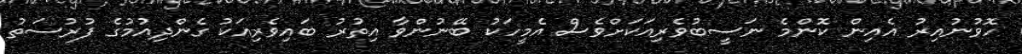
ހޮވުނުއިރު އެއިން ކޮންމެ ނަސީބުވެރިއަކަށްވެސް އެމީހަކު ބޭނުންވާ އިތުރު ބައިވެރިއަކު ގެންދިއުމުގެ ފުރުސަތު